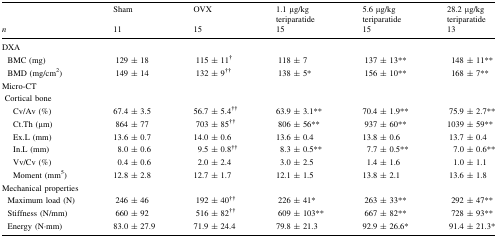
<table><thead><tr><td></td><td><b>Sham</b></td><td><b>OVX</b></td><td><b>1.1 μg/kgteriparatide</b></td><td><b>5.6 μg/kgteriparatide</b></td><td><b>28.2 μg/kgteriparatide</b></td></tr><tr><td><b><i>n</i></b></td><td><b>11</b></td><td><b>15</b></td><td><b>15</b></td><td><b>15</b></td><td><b>13</b></td></tr></thead><tbody><tr><td colspan="6">DXA</td></tr><tr><td> BMC (mg)</td><td>129 ± 18</td><td>115 ± 11<sup>†</sup></td><td>118 ± 7</td><td>137 ± 13**</td><td>148 ± 11**</td></tr><tr><td> BMD (mg/cm<sup>2</sup>)</td><td>149 ± 14</td><td>132 ± 9<sup>††</sup></td><td>138 ± 5*</td><td>156 ± 10**</td><td>168 ± 7**</td></tr><tr><td colspan="6">Micro-CT</td></tr><tr><td colspan="6"> Cortical bone</td></tr><tr><td>Cv/Av (%)</td><td>67.4 ± 3.5</td><td>56.7 ± 5.4<sup>††</sup></td><td>63.9 ± 3.1**</td><td>70.4 ± 1.9**</td><td>75.9 ± 2.7**</td></tr><tr><td>Ct.Th (μm)</td><td>864 ± 77</td><td>703 ± 85<sup>††</sup></td><td>806 ± 56**</td><td>937 ± 60**</td><td>1039 ± 59**</td></tr><tr><td>Ex.L (mm)</td><td>13.6 ± 0.7</td><td>14.0 ± 0.6</td><td>13.6 ± 0.4</td><td>13.8 ± 0.6</td><td>13.7 ± 0.4</td></tr><tr><td>In.L (mm)</td><td>8.0 ± 0.6</td><td>9.5 ± 0.8<sup>††</sup></td><td>8.3 ± 0.5**</td><td>7.7 ± 0.5**</td><td>7.0 ± 0.6**</td></tr><tr><td>Vv/Cv (%)</td><td>0.4 ± 0.6</td><td>2.0 ± 2.4</td><td>3.0 ± 2.5</td><td>1.4 ± 1.6</td><td>1.0 ± 1.1</td></tr><tr><td>Moment (mm<sup>5</sup>)</td><td>12.8 ± 2.8</td><td>12.7 ± 1.7</td><td>12.1 ± 1.5</td><td>13.8 ± 2.1</td><td>13.6 ± 1.8</td></tr><tr><td colspan="6">Mechanical properties</td></tr><tr><td> Maximum load (N)</td><td>246 ± 46</td><td>192 ± 40<sup>††</sup></td><td>226 ± 41*</td><td>263 ± 33**</td><td>292 ± 47**</td></tr><tr><td> Stiffness (N/mm)</td><td>660 ± 92</td><td>516 ± 82<sup>††</sup></td><td>609 ± 103**</td><td>667 ± 82**</td><td>728 ± 93**</td></tr><tr><td> Energy (N·mm)</td><td>83.0 ± 27.9</td><td>71.9 ± 24.4</td><td>79.8 ± 21.3</td><td>92.9 ± 26.6*</td><td>91.4 ± 21.3*</td></tr></tbody></table>